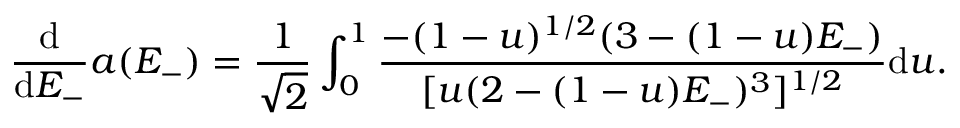
\frac { \mathrm { d } } { \mathrm { d } E _ { - } } a ( E _ { - } ) = \frac { 1 } { \sqrt { 2 } } \int _ { 0 } ^ { 1 } \frac { - ( 1 - u ) ^ { 1 / 2 } ( 3 - ( 1 - u ) E _ { - } ) } { [ u ( 2 - ( 1 - u ) E _ { - } ) ^ { 3 } ] ^ { 1 / 2 } } \mathrm { d } u .